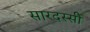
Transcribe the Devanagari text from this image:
सारदस्सी